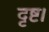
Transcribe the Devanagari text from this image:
दृष्ट।